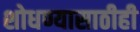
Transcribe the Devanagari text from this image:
शोधण्यासाठीही